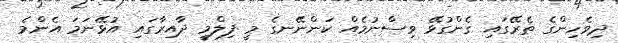
ދިވެހިންގެ ތެރޭގައި ގެންގުޅޭ ވިސްނުމެއް ކަންނޭނގެ މީ ފިލްމީ ދާއިރާގައި އުޅޭނަމަ އެންމެ